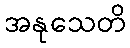
အနုသေတိ